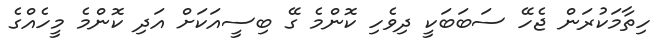
ހިތާމަކުރަން ޖެހޭ ސަބަބަކީ ދިވެހި ކޮންމެ ގޭ ބިސީއަކަށް އަދި ކޮންމެ މީހެއްގެ